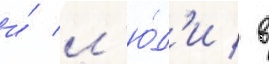
и́ л'ю́д'и / в